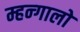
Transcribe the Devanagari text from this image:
म्हन्गालो